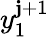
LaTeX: y_{1}^{\mathbf{j}+1}